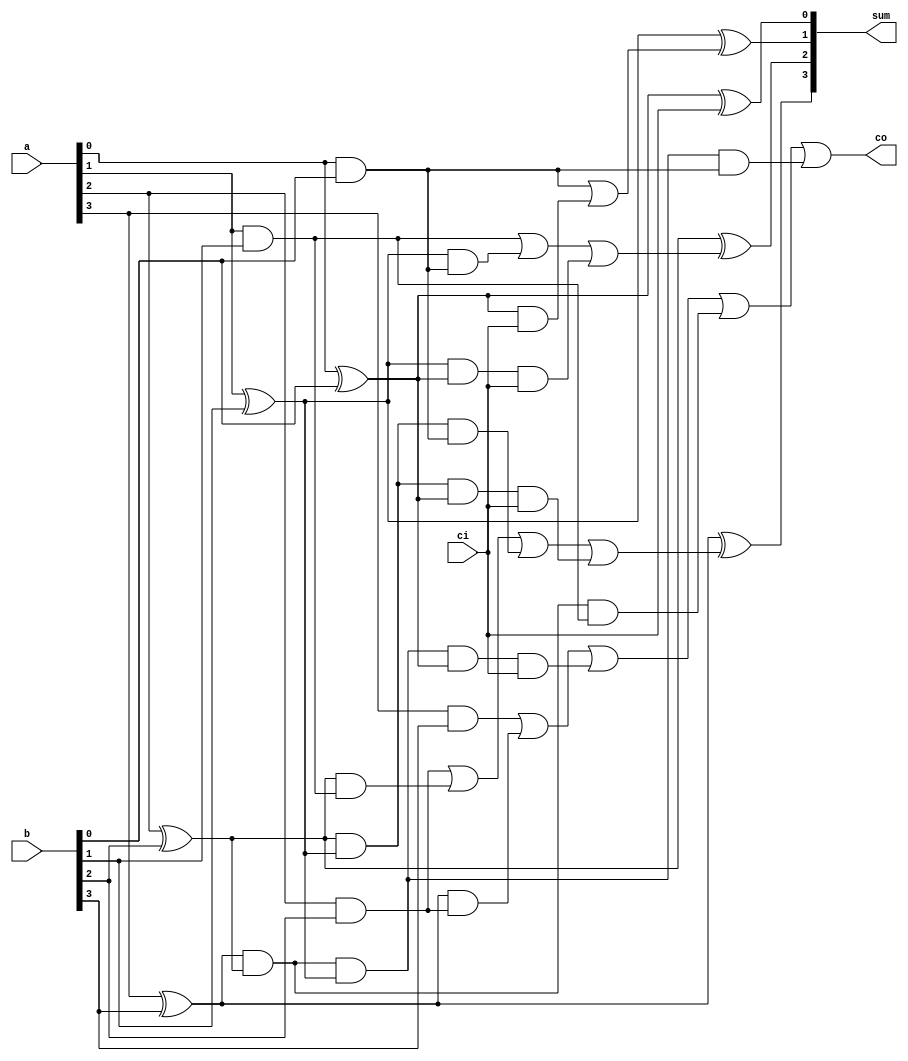
module CarryLA_4(a,b,ci,sum,co);

input [3:0] a,b;
input ci; 

output [3:0] sum;
output co;

wire[3:0] g,p,cout;
wire G0,P0;
wire[9:0] w;

and a0(g[0],a[0],b[0]); 
and a1(g[1],a[1],b[1]); 
and a2(g[2],a[2],b[2]); 
and a3(g[3],a[3],b[3]); 

xor x0(p[0],a[0],b[0]);
xor x1(p[1],a[1],b[1]);
xor x2(p[2],a[2],b[2]);
xor x3(p[3],a[3],b[3]);

and and0(w[0],p[0],ci);
or or0(cout[0],g[0],w[0]);

and and1(w[1],p[1],p[0],ci);
and and2(w[2],p[1],g[0]);
or or1(cout[1],g[1],w[2],w[1]);

and and3(w[3],p[2],p[1],p[0],ci);
and and4(w[4],p[2],p[1],g[0]);
and and5(w[5],p[2],g[1]);
or or2(cout[2],g[2],w[5],w[4],w[3]);

and and6(w[6],p[3],p[2],p[1],g[0]);
and and7(w[7],p[3],p[2],g[1]);
and and8(w[8],p[3],p[2],p[1],p[0],ci);
and and9(w[9],p[3],g[2]);
or or3(cout[3],g[3],w[9],w[8],w[7],w[6]);

and and10(co,cout[3],1);

xor xor0(sum[0],p[0],ci);
xor xor1(sum[1],p[1],cout[0]);
xor xor2(sum[2],p[2],cout[1]);
xor xor3(sum[3],p[3],cout[2]);

endmodule